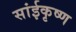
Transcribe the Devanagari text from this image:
सांईकृष्‍ण